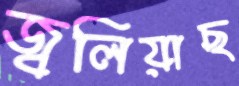
জ্বলিয়াছ